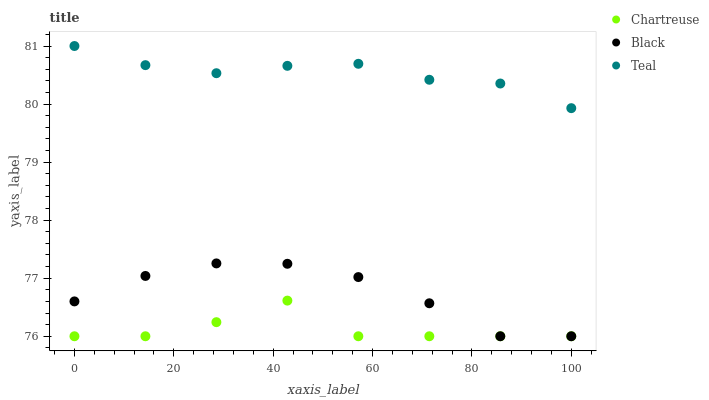
| xaxis_label | Chartreuse | Black | Teal |
 | --- | --- | --- | --- |
 | 0 | 76 | 76.6 | 81 |
 | 14.3 | 76 | 77 | 80.7 |
 | 28.6 | 76.2 | 77.3 | 80.5 |
 | 42.9 | 76.6 | 77.2 | 80.7 |
 | 57.1 | 76 | 77 | 80.7 |
 | 71.4 | 76 | 76.6 | 80.4 |
 | 85.7 | 76 | 76 | 80.4 |
 | 100 | 76 | 76 | 79.9 |